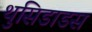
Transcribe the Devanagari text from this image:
थुसिडाडस